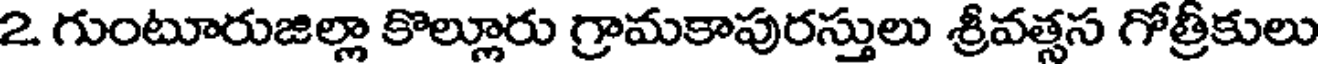
2. గుంటూరుజిల్లా కొల్లూరు గ్రామకాపురస్తులు శ్రీవత్సస గోత్రీకులు